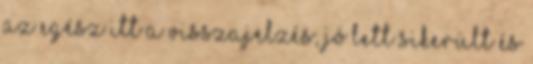
az egész Itt a visszajelzés, jó lett sikerült és